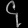
Digit: ၄